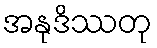
အနုဒိဿတု